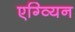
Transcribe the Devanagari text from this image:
एग्व्यिन